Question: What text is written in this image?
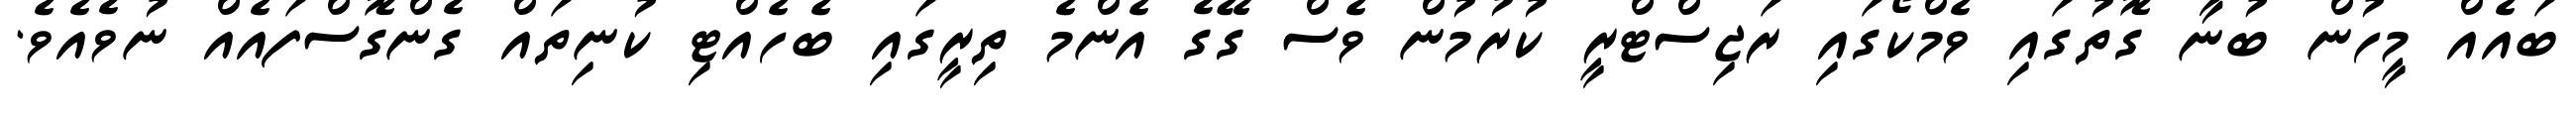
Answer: ބައެއް މީހުން ބުނާ ގޮތުގައި ވެމްކޯގައި ރަޖިސްޓްރީ ކުރުމުން ވެސް ގޭގެ އެންމެ ތިރީގައި ބެހެއްޓި ކުނިތައް ގެންގޮސްފައެއް ނުވެއެވެ.